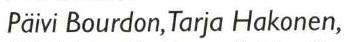
Päivi Bourdon, Tarja Hakonen,